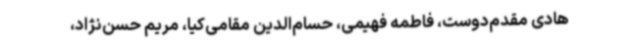
هادی مقدم‌دوست، فاطمه فهیمی، حسام‌الدین مقامی‌کیا، مریم حسن‌نژاد،